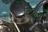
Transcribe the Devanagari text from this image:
टिकुन